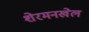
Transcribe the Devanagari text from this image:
शेरमनखेल